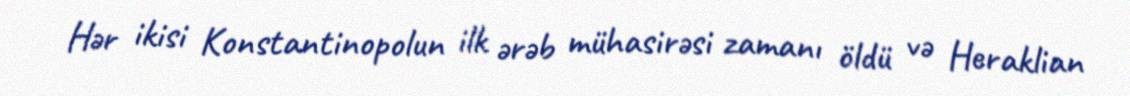
Hər ikisi Konstantinopolun ilk ərəb mühasirəsi zamanı öldü və Heraklian